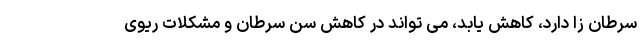
سرطان ‌زا دارد، کاهش یابد، می‌ تواند در کاهش سن سرطان و مشکلات ریوی